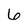
Character: 6